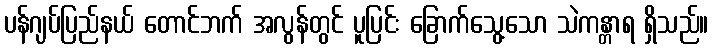
ပန်ဂျပ်ပြည်နယ် တောင်ဘက် အလွန်တွင် ပူပြင်း ခြောက်သွေ့သော သဲကန္တာရ ရှိသည်။